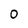
Character: 0